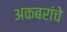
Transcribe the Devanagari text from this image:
अकबरांचे